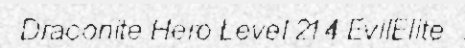
Draconite Hero Level 214 EvilElite